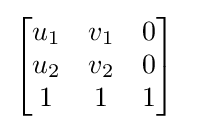
{\begin{bmatrix}u_{1}&v_{1}&0\\u_{2}&v_{2}&0\\1&1&1\end{bmatrix}}\quad